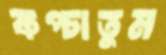
কপ্‌চাতুম